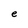
Character: e